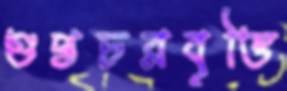
গুপ্তচরবৃত্তি